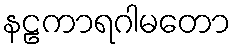
နဠကာရဂါမတော